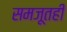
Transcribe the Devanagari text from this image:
समजूतही